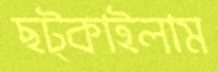
ছট্‌কাইলাম